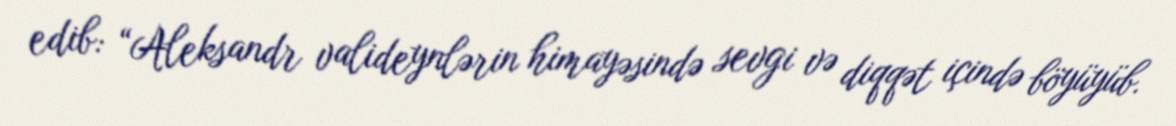
edib: “Aleksandr valideynlərin himayəsində sevgi və diqqət içində böyüyüb.